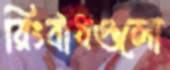
রিংবাঁধগুলো